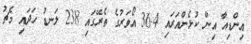
އިންޑިއާ އިން ކުޅެންއަރައި 36.4 އޯވަރުގެ ތެރޭގައި 238 ލަނޑު ހަދައި މެޗު